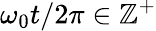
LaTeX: \omega_{0}t/2\pi\in\mathbb{Z}^{+}